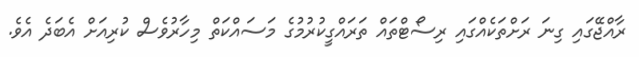
ރާއްޖޭގައި ގިނަ ރަށްތަކެއްގައި ރިސޯޓްތައް ތަަރައްގީކުރުމުގެ މަސައްކަތް މިހާރުވެސް ކުރިއަށް އެބަދެ އެވެ.